Mental hospitals Bombay report 1921-28 - 1921-1928
Year: 1921
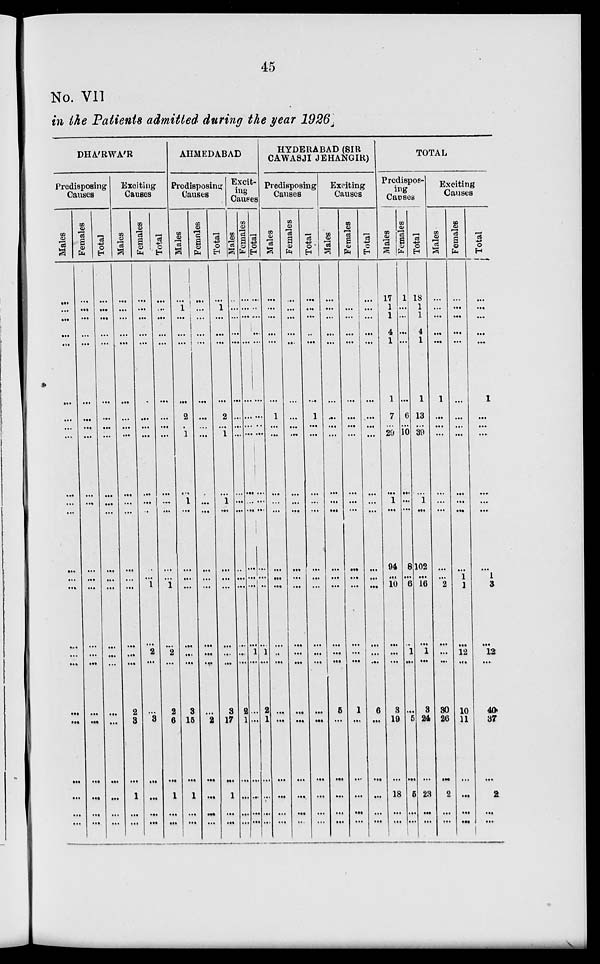
45
No. VII
in the Patients admitted during the year 1926
DHA'RWA'R
Predisposing
Causes
Males
...
...
...
...
...
...
...
...
...
...
...
...
...
...
...
...
...
...
...
...
...
...
...
...
Females
...
...
...
...
...
...
...
...
...
...
...
...
...
...
...
...
...
...
...
...
...
...
...
...
Total
...
...
...
...
...
...
...
...
...
...
...
...
...
...
...
...
...
...
...
...
...
...
...
...
Exciting
Causes
Males
...
...
...
...
...
...
...
...
...
...
...
...
...
...
...
...
...
...
2
3
...
1
...
...
Females
...
...
...
...
...
...
...
...
...
...
...
...
...
...
1
...
2
...
...
3
...
...
...
...
Total
...
...
...
...
...
...
...
...
...
...
...
...
...
...
1
...
2
...
2
6
...
1
...
...
AHMEDABAD
Predisposing
Causes
Males
...
1
...
...
...
...
2
...
1
...
1
...
...
...
...
...
...
...
3
15
...
1
...
...
Females
...
...
...
...
...
...
...
...
...
...
...
...
...
...
...
...
...
...
...
2
...
...
...
...
Total
...
1
...
...
...
...
2
...
1
...
1
...
...
...
...
...
...
...
3
17
...
1
...
...
Excit-
ing
Causes
Males
...
...
...
...
...
...
...
...
...
...
...
...
...
...
...
...
...
...
2
1
...
...
...
...
Females.
...
...
...
...
...
...
...
...
...
...
...
...
...
...
...
...
...
...
...
...
...
...
...
...
Total
...
...
...
...
...
...
...
...
...
...
...
...
...
...
...
...
...
...
2
1
...
...
...
...
HYDERABAD (SIR
CAWASJI JEHANGIR)
Predisposing
Causes
Males
...
...
...
...
...
...
1
...
...
...
...
...
...
...
...
...
...
...
...
...
...
...
...
...
Females
...
...
...
...
...
...
...
...
...
...
...
...
...
...
...
...
...
...
...
...
...
...
...
...
Total
...
...
...
...
...
...
1
...
...
...
...
...
...
...
...
...
...
...
...
...
...
...
...
...
Exciting
Causes
Males
...
...
...
...
...
...
...
...
...
...
...
...
...
...
...
...
...
...
5
...
...
...
...
...
Females
...
...
...
...
...
...
...
...
...
...
...
...
...
...
...
...
...
...
1
...
...
...
...
...
Total
...
...
...
...
...
...
...
...
...
...
...
...
...
...
...
...
...
...
6
...
...
...
...
...
TOTAL
Predispos-
ing
Causes
Males
17
1
1
4
1
1
7
...
29
...
1
...
94
...
10
...
...
...
3
19
...
18
...
...
Females
1
...
...
...
...
...
6
...
10
...
...
...
8
...
6
...
1
...
...
5
...
5
...
...
Total
18
1
1
4
1
1
13
...
39
...
1
...
102
...
16
...
1
...
3
24
...
23
...
...
Exciting
Causes
Males
...
...
...
...
...
1
...
...
...
...
...
...
...
...
2
...
...
...
30
26
...
2
...
...
Females
...
...
...
...
...
...
...
...
...
...
...
...
...
1
1
...
12
...
10
11
...
...
...
...
Total
...
...
...
...
...
1
...
...
...
...
...
...
...
1
3
...
12
...
40
37
...
2
...
...